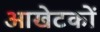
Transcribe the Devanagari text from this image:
आखेटकों